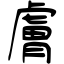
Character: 膚